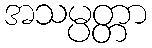
အသမ္ပတ္တာ